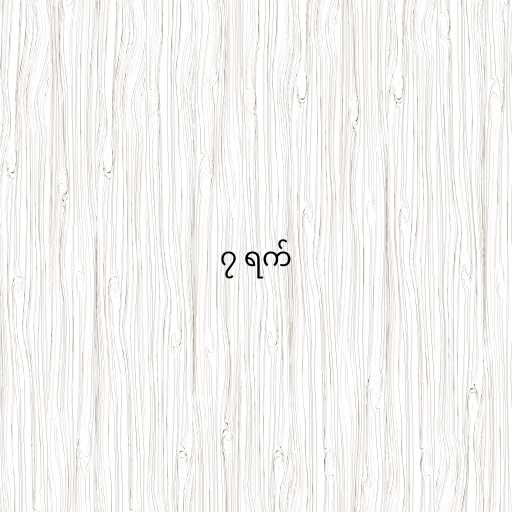
၇ ရက်